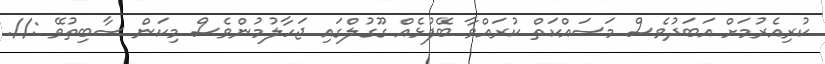
ކުރިއެރުމަށް އަބަދުވެސް މަސައްކަތް ކުރައްވާ ބޭފުޅެއް ގޫގުލްގައި ޖަހާލުމުންވެސް މިކަން ސާބިތުވޭ ://.